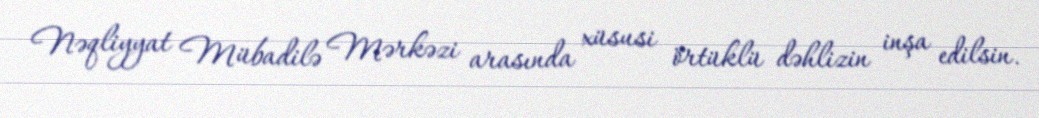
Nəqliyyat Mübadilə Mərkəzi arasında xüsusi örtüklü dəhlizin inşa edilsin.